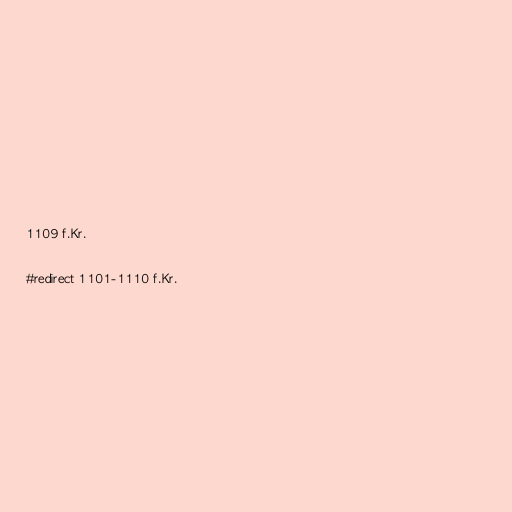
1109 f.Kr.

#redirect 1101-1110 f.Kr.